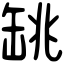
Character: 罀